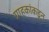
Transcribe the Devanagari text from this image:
ग्राहकांकडून